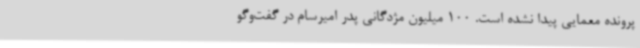
پرونده معمایی پیدا نشده است. 100 میلیون مژدگانی پدر امیرسام در گفت‌وگو